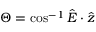
\Theta = \cos ^ { - 1 } \hat { \boldsymbol { { \cal E } } } \cdot \hat { \boldsymbol { z } }